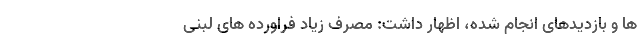
ها و بازدیدهای انجام شده، اظهار داشت: مصرف زیاد فراورده های لبنی